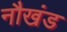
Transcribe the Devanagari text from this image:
नौखंड